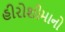
હીરોશીમાનો